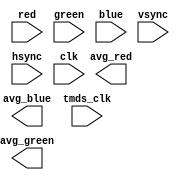
`timescale 1ns / 1ps
//////////////////////////////////////////////////////////////////////////////////
// Company: 
// Engineer: 
// 
// Design Name: 
// Module Name:    hdmi_averager 
// Project Name: 
// Target Devices: 
// Tool versions: 
// Description: 
//
// Dependencies: 
//
// Revision: 
// Revision 0.01 - File Created
// Additional Comments: 
//
//////////////////////////////////////////////////////////////////////////////////
module hdmi_averager(
	  input  [7:0] red,
	  input  [7:0] green,
	  input  [7:0] blue,
	  input  vsync,
	  input  hsync,
	  input  clk, //Use the lvds clk?
	  output  [7:0] avg_red,
	  output  [7:0] avg_green,
	  output  [7:0] avg_blue,
	  input tmds_clk
    );
	//bin the borders in 128 pixel blocks
	//every 128 tmds timers, move onto the next bin
	
	
endmodule